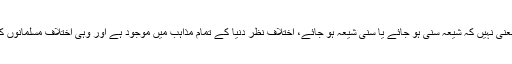
ان کا کہنا تھا کہ وحدت اسلامی کا یہ معنی نہیں کہ شیعہ سنی ہو جائے یا سنی شیعہ ہو جائے، اختلافِ نظر دنیا کے تمام مذاہب میں موجود ہے اور وہی اختلاف مسلمانوں کے مختلف فرقوں میں بھی پایا جاتا ہے۔